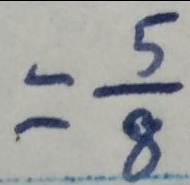
= \frac { 5 } { 8 }